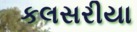
કલસરીયા